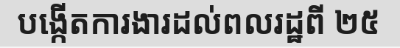
បង្កើតការងារដល់ពលរដ្ឋពី ២៥